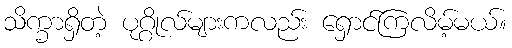
သိက္ခာရှိတဲ့ ပုဂ္ဂိုလ်များကလည်း ရှောင်ကြလိမ့်မယ်။